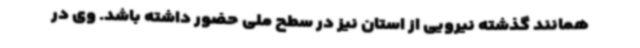
همانند گذشته نیرویی از استان نیز در سطح ملی حضور داشته باشد. وی در